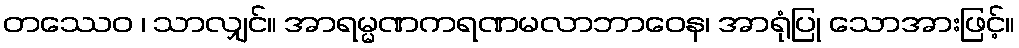
တဿေဝ ၊ သာလျှင်။ အာရမ္မဏကရဏမလာဘာဝေန၊ အာရုံပြု သောအားဖြင့်။